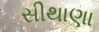
સીથાણા